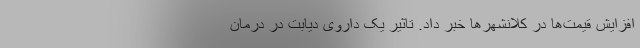
افزایش قیمت‌ها در کلانشهرها خبر داد. تاثیر یک داروی دیابت در درمان